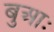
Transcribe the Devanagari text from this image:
बुआः